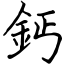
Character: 鈣